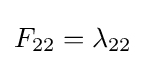
F_{22}=\lambda _{22}